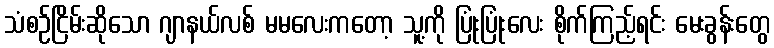
သံစဉ်ငြိမ်းဆိုသော ဂျာနယ်လစ် မမလေးကတော့ သူ့ကို ပြုံးပြုံးလေး စိုက်ကြည့်ရင်း မေးခွန်းတွေ